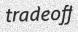
tradeoff